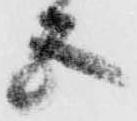
五